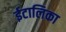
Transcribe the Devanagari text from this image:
ईटालिका